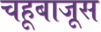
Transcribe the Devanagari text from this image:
चहूबाजूस